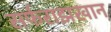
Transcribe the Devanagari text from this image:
सर्फराझखान